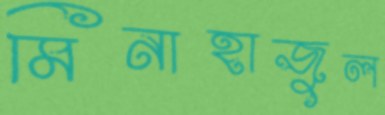
মিনাহাজুল